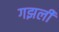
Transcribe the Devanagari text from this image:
गझली